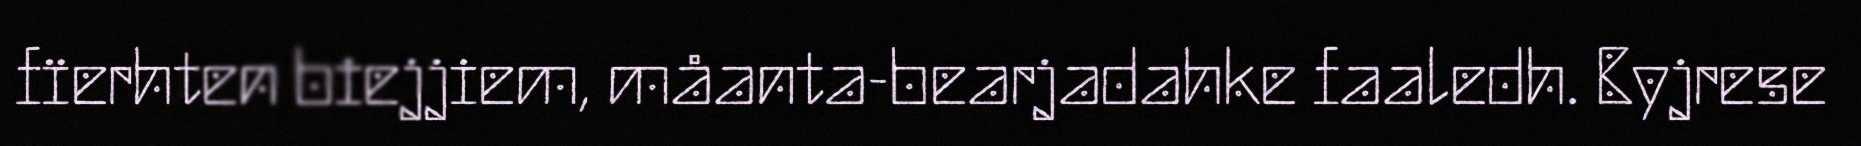
fïerhten biejjiem, måanta-bearjadahke faaledh. Byjrese